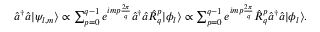
\begin{array} { r } { \hat { a } ^ { \dagger } \hat { a } | \psi _ { l , m } \rangle \propto \sum _ { p = 0 } ^ { q - 1 } e ^ { i m p \frac { 2 \pi } { q } } \hat { a } ^ { \dagger } \hat { a } \hat { R } _ { q } ^ { p } | \phi _ { l } \rangle \propto \sum _ { p = 0 } ^ { q - 1 } e ^ { i m p \frac { 2 \pi } { q } } \hat { R } _ { q } ^ { p } \hat { a } ^ { \dagger } \hat { a } | \phi _ { l } \rangle . } \end{array}